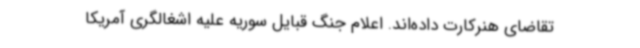
تقاضای هنرکارت داده‌اند. اعلام جنگ قبایل سوریه علیه اشغالگری آمریکا